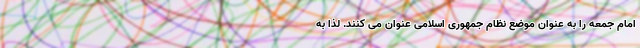
امام جمعه را به عنوان موضع نظام جمهوری اسلامی عنوان می کنند. لذا به